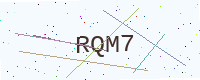
Text: RQM7